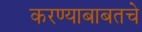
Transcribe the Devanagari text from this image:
करण्याबाबतचे